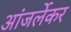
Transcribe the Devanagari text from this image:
आंजर्लेकर